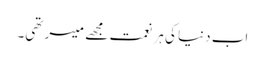
اب دنیا کی ہر نعمت مجھے میسر تھی۔